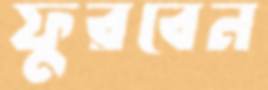
ফুরবেন